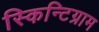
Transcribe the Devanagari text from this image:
स्किन्टिग्राम